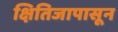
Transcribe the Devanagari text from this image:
क्षितिजापासून